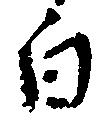
白